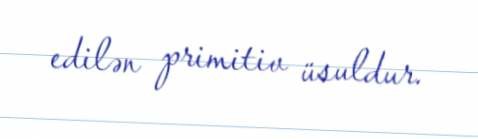
edilən primitiv üsuldur.